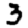
Digit: 3